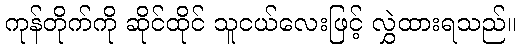
ကုန်တိုက်ကို ဆိုင်ထိုင် သူငယ်လေးဖြင့် လွှဲထားရသည်။